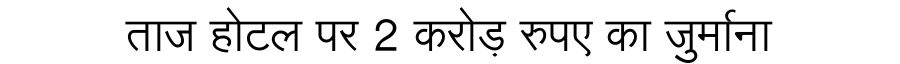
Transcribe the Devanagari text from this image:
ताज होटल पर 2 करोड़ रुपए का जुर्माना